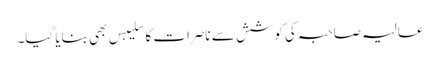
عالیہ صاحبہ کی کوشش سے ناصرات کا سلیبس بھی بنایا گیا۔